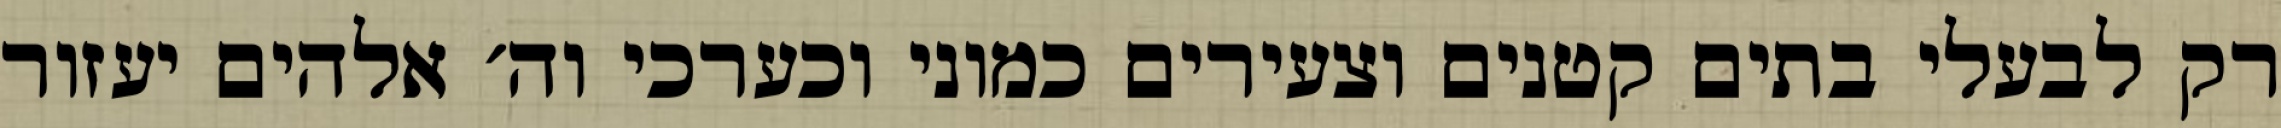
רק לבעלי בתים קטנים וצעירים כמוני וכערכי וה׳ אלהים יעזור